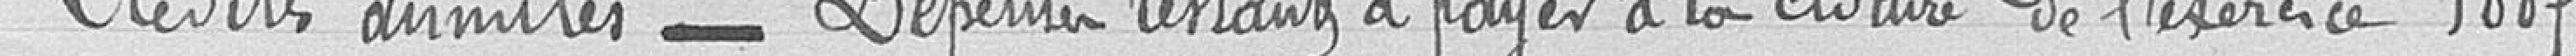
Crédits annulés -- Dépenses restants à payer à la clôture de l'exercice 1887